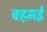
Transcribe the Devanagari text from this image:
बहमई